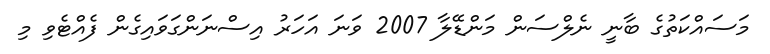
މަސައްކަތުގެ ބާނީ ނެލްސަން މަންޑޭލާ 2007 ވަނަ އަހަރު އިސްނަންގަވައިގެން ފެއްޓެވި މި